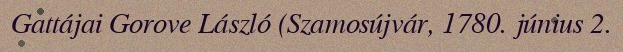
Gattájai Gorove László (Szamosújvár, 1780. június 2.